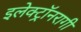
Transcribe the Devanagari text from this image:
इलेक्ट्रॉनरागी